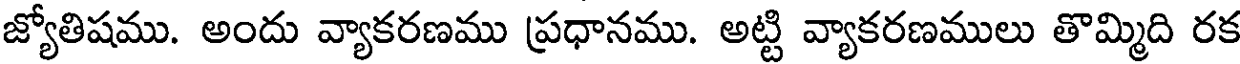
జ్యోతిషము. అందు వ్యాకరణము ప్రధానము. అట్టి వ్యాకరణములు తొమ్మిది రక